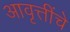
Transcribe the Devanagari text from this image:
आवृत्तींचे